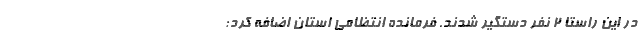
در این راستا ۲ نفر دستگیر شدند. فرمانده انتظامی استان اضافه کرد: